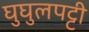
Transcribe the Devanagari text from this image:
घुघुलपट्टी